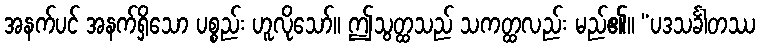
အနက်ပင် အနက်ရှိသော ပစ္စည်း ဟူလိုသော်။ ဤသွတ္ထသည် သကတ္ထလည်း မည်၏။ “ပဒသင်္ခါတဿ